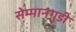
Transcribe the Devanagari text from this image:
सेम्मानगुडी